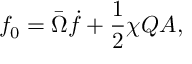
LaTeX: f _ { 0 } = \bar { \Omega } \dot { f } + \frac { 1 } { 2 } \chi Q A ,